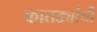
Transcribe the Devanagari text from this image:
कातड्यांची